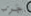
جرب